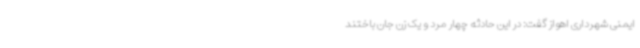
ایمنی شهرداری اهواز گفت: در این حادثه چهار مرد و یک زن جان باختند